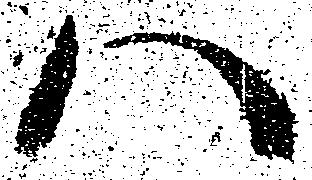
ハ